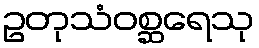
ဥတုသံဝစ္ဆရေသု